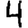
Digit: 4